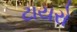
ટાયરો